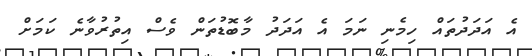
އެ އަދަދުތައް ހިމެނި ނަމަ އެ އަދަދު މާބޮޑުތަން ވެސް އިތުރުވާނެ ކަމަށް